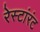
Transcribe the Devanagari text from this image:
रेस्टांरंट